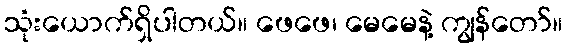
သုံးယောက်ရှိပါတယ်။ ဖေဖေ၊ မေမေနဲ့ ကျွန်တော်။